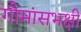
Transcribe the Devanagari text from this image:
गौमांसभक्षी